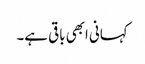
کہانی ابھی باقی ہے۔